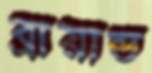
ব্রায়ান্ড